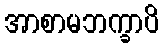
အာစာမဘက္ခာပိ